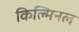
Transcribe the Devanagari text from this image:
किल्मिनल